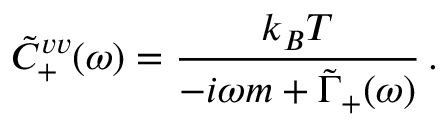
\Tilde { C } _ { + } ^ { v v } ( \omega ) = \frac { k _ { B } T } { - i \omega m + \Tilde { \Gamma } _ { + } ( \omega ) } \, .